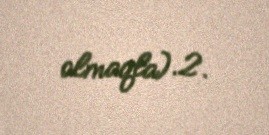
olmaqla).2.